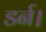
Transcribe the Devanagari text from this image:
डर्न।